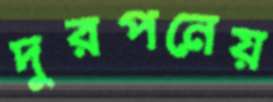
দুরপনেয়